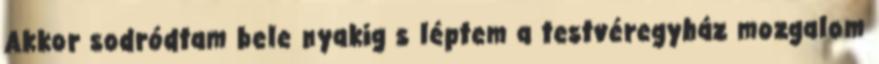
Akkor sodródtam bele nyakig s léptem a testvéregyház mozgalom